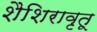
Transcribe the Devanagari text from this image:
शैशिरावृतू